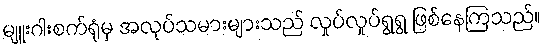
မျူးဂါးစက်ရုံမှ အလုပ်သမားများသည် လှုပ်လှုပ်ရွရွ ဖြစ်နေကြသည်။